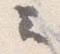
云